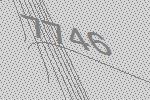
7746